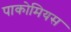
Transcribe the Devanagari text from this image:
पाकोमियस